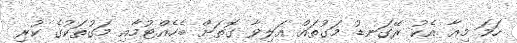
ހަމަ މިއާ އެކު ރޭގަނޑު މަގުތައް އަލިވާ ގޮތަށް ބެހެއްޓުމާއި މަގުތަކުގެ ކުރި